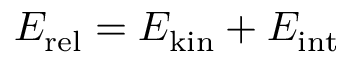
E _ { \mathrm { r e l } } = E _ { \mathrm { k i n } } + E _ { \mathrm { i n t } }